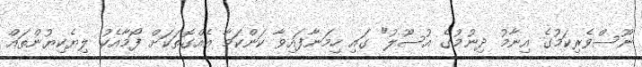
ނޫސްވެރިކަމުގެ އިނާމު ދިނުމުގެ އުސޫލު" ގައި ހިމަނާފައިވާ ކަންކަމާ އެއްގޮތަކަށް ފޯމާއެކު ލިޔެކިޔުންތައް